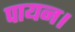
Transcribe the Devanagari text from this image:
पायन।